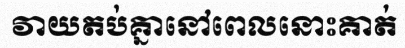
វាយតប់គ្នានៅពេលនោះគាត់